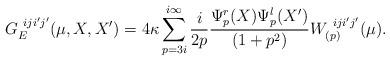
LaTeX: \begin{align*}G_{E}^{\ iji'j'}(\mu,X,X') =4\kappa\sum_{p=3i}^{i\infty} \frac{i}{2p}\frac{\Psi_{p}^{r}(X)\Psi_{p}^{l}(X')}{(1+p^2)}W^{\ iji'j'}_{(p)}(\mu).\end{align*}